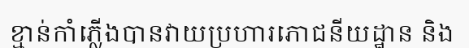
ខ្មាន់កាំភ្លើងបានវាយប្រហារភោជនីយដ្ឋាន និង